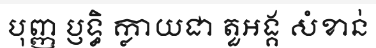
បុញ្ញ ប្ញទ្ធិ ក្លាយជា តួអង្គ សំខាន់